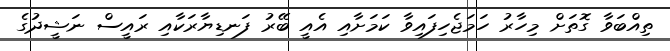
ތިއްބަވާ ގޮތަށް މިހާރު ހަމަޖެހިފައިވާ ކަމަށާއި އެއީ ބޭރު ފަނޑިޔާރަކާއި ރައީސް ނަޝީދުގެ